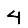
Digit: 4